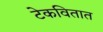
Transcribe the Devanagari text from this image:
टेकवितात